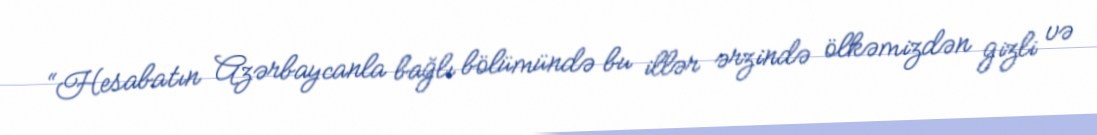
“Hesabatın Azərbaycanla bağlı bölümündə bu illər ərzində ölkəmizdən gizli və